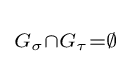
\scriptstyle G_{\sigma }\cap G_{\tau }=\emptyset